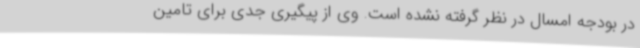
در بودجه امسال در نظر گرفته نشده است. وی از پیگیری جدی برای تامین